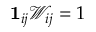
\mathbf { 1 } _ { i j } \mathcal { W } _ { i j } = 1